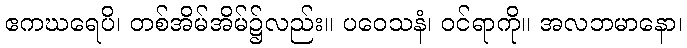
ဧကဃရေပိ၊ တစ်အိမ်အိမ်၌လည်း။ ပဝေသနံ၊ ဝင်ရာကို။ အလဘမာနော၊